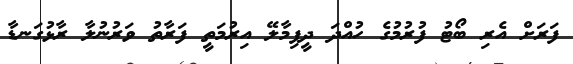
ފަރަށް އެރި ބޯޓު ފުރުމުގެ ހުއްދަ ދީފިމާލޭ އިރުމަތީ ފަރާތު ވަރުނުލާ ރާޅުގަނޑާ